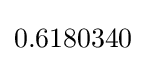
0.6180340